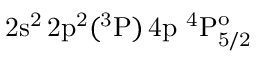
\mathrm { 2 s ^ { 2 } \, 2 p ^ { 2 } ( ^ { 3 } P ) \, 4 p ~ ^ { 4 } P _ { 5 / 2 } ^ { o } }